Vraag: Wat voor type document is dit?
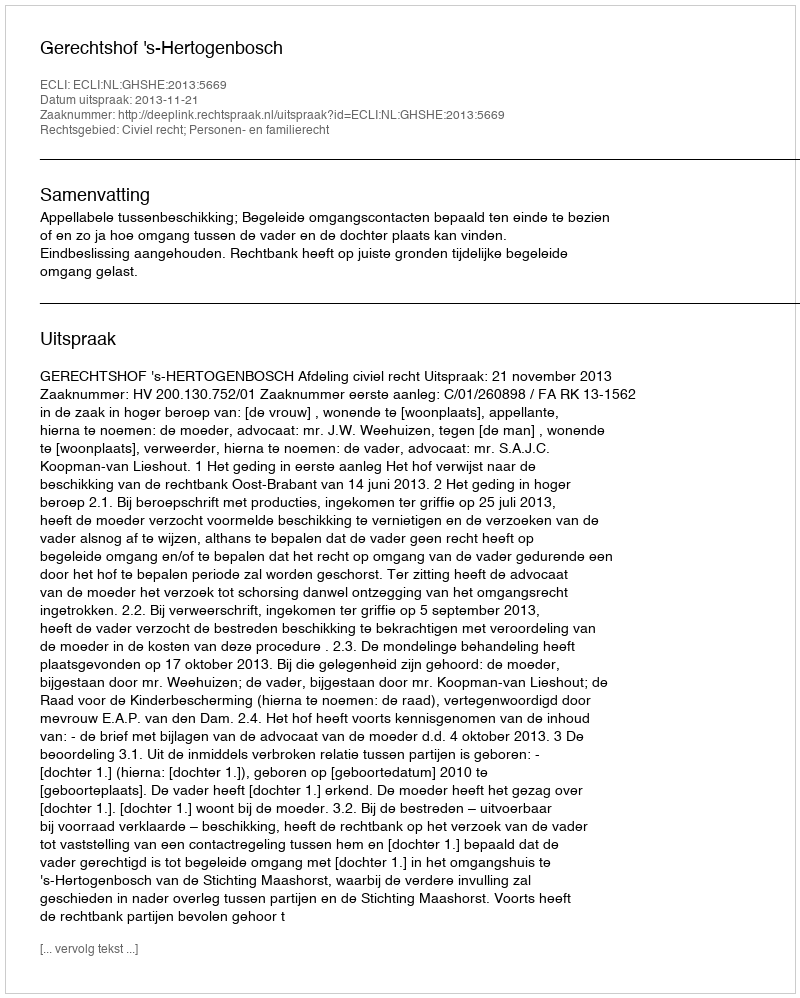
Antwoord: Uitspraak